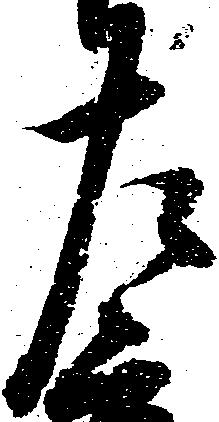
左